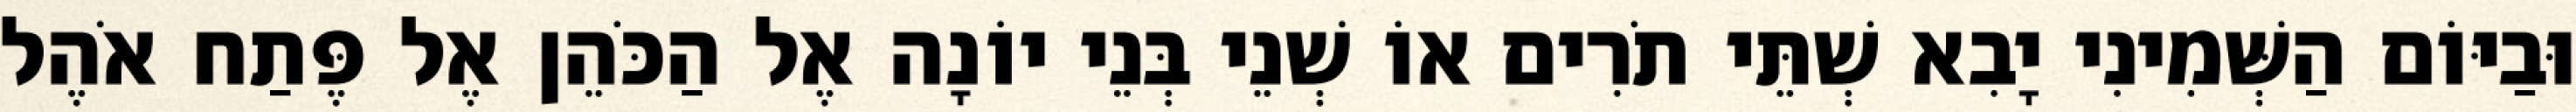
וּבַיּוֹם הַשְּׁמִינִי יָבִא שְׁתֵּי תֹרִים אוֹ שְׁנֵי בְּנֵי יוֹנָה אֶל הַכֹּהֵן אֶל פֶּתַח אֹהֶל